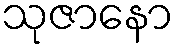
သုဇာနော